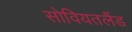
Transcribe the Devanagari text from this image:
सोवियतलैंड